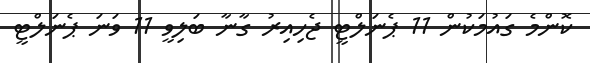
ކޮންމެ ގައުމަކުން 11 ޕެނަލްޓީ ޖެހިއިރު ގާނާ ބަލިވީ 11 ވަނަ ޕެނަލްޓީ